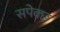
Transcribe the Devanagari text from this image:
सपेक्छ